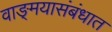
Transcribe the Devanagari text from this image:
वाङ्‌मयासंबंधात